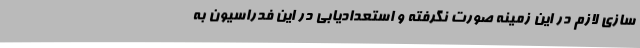
سازی لازم در این زمینه صورت نگرفته و استعدادیابی در این فدراسیون به